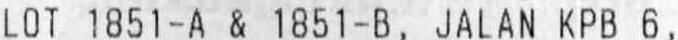
LOT 1851-A & 1851-B, JALAN KPB 6,